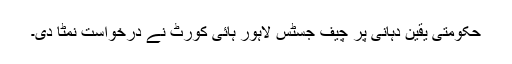
حکومتی یقین دہانی پر چیف جسٹس لاہور ہائی کورٹ نے درخواست نمٹا دی۔